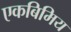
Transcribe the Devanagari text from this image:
एकबिमिय